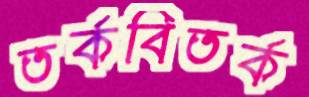
তর্কবিতর্ক